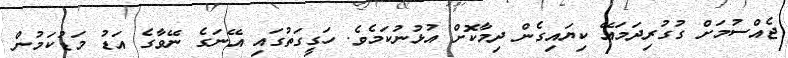
ޖެއްސުމަށް ގުގުރިދަމައޭ ކިޔައިގެން ދިމާކޮށް އުޅުނުކަމެވެ. ހަގީގަތުގައި އޭނަގެ ނޭވާގެ އަޑު މަޑުކަމުން